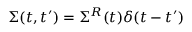
\Sigma ( t , t ^ { \prime } ) = \Sigma ^ { R } ( t ) \delta ( t - t ^ { \prime } )